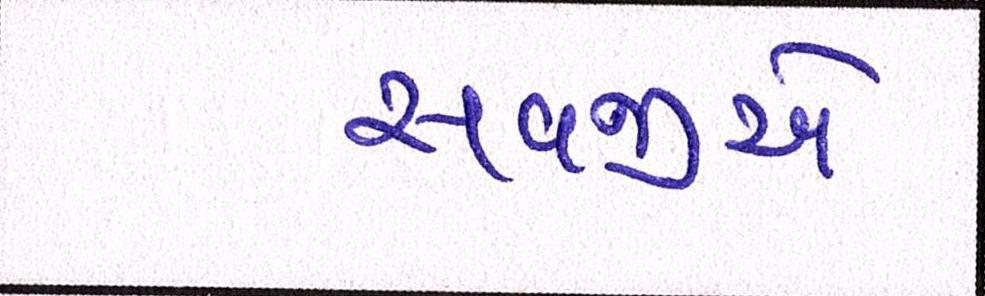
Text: સવજીએ